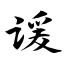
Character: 谖